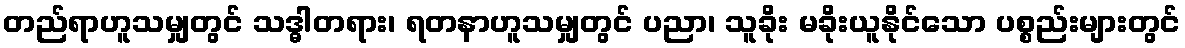
တည်ရာဟူသမျှတွင် သဒ္ဓါတရား၊ ရတနာဟူသမျှတွင် ပညာ၊ သူခိုး မခိုးယူနိုင်သော ပစ္စည်းများတွင်